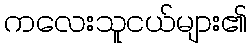
ကလေးသူငယ်များ၏